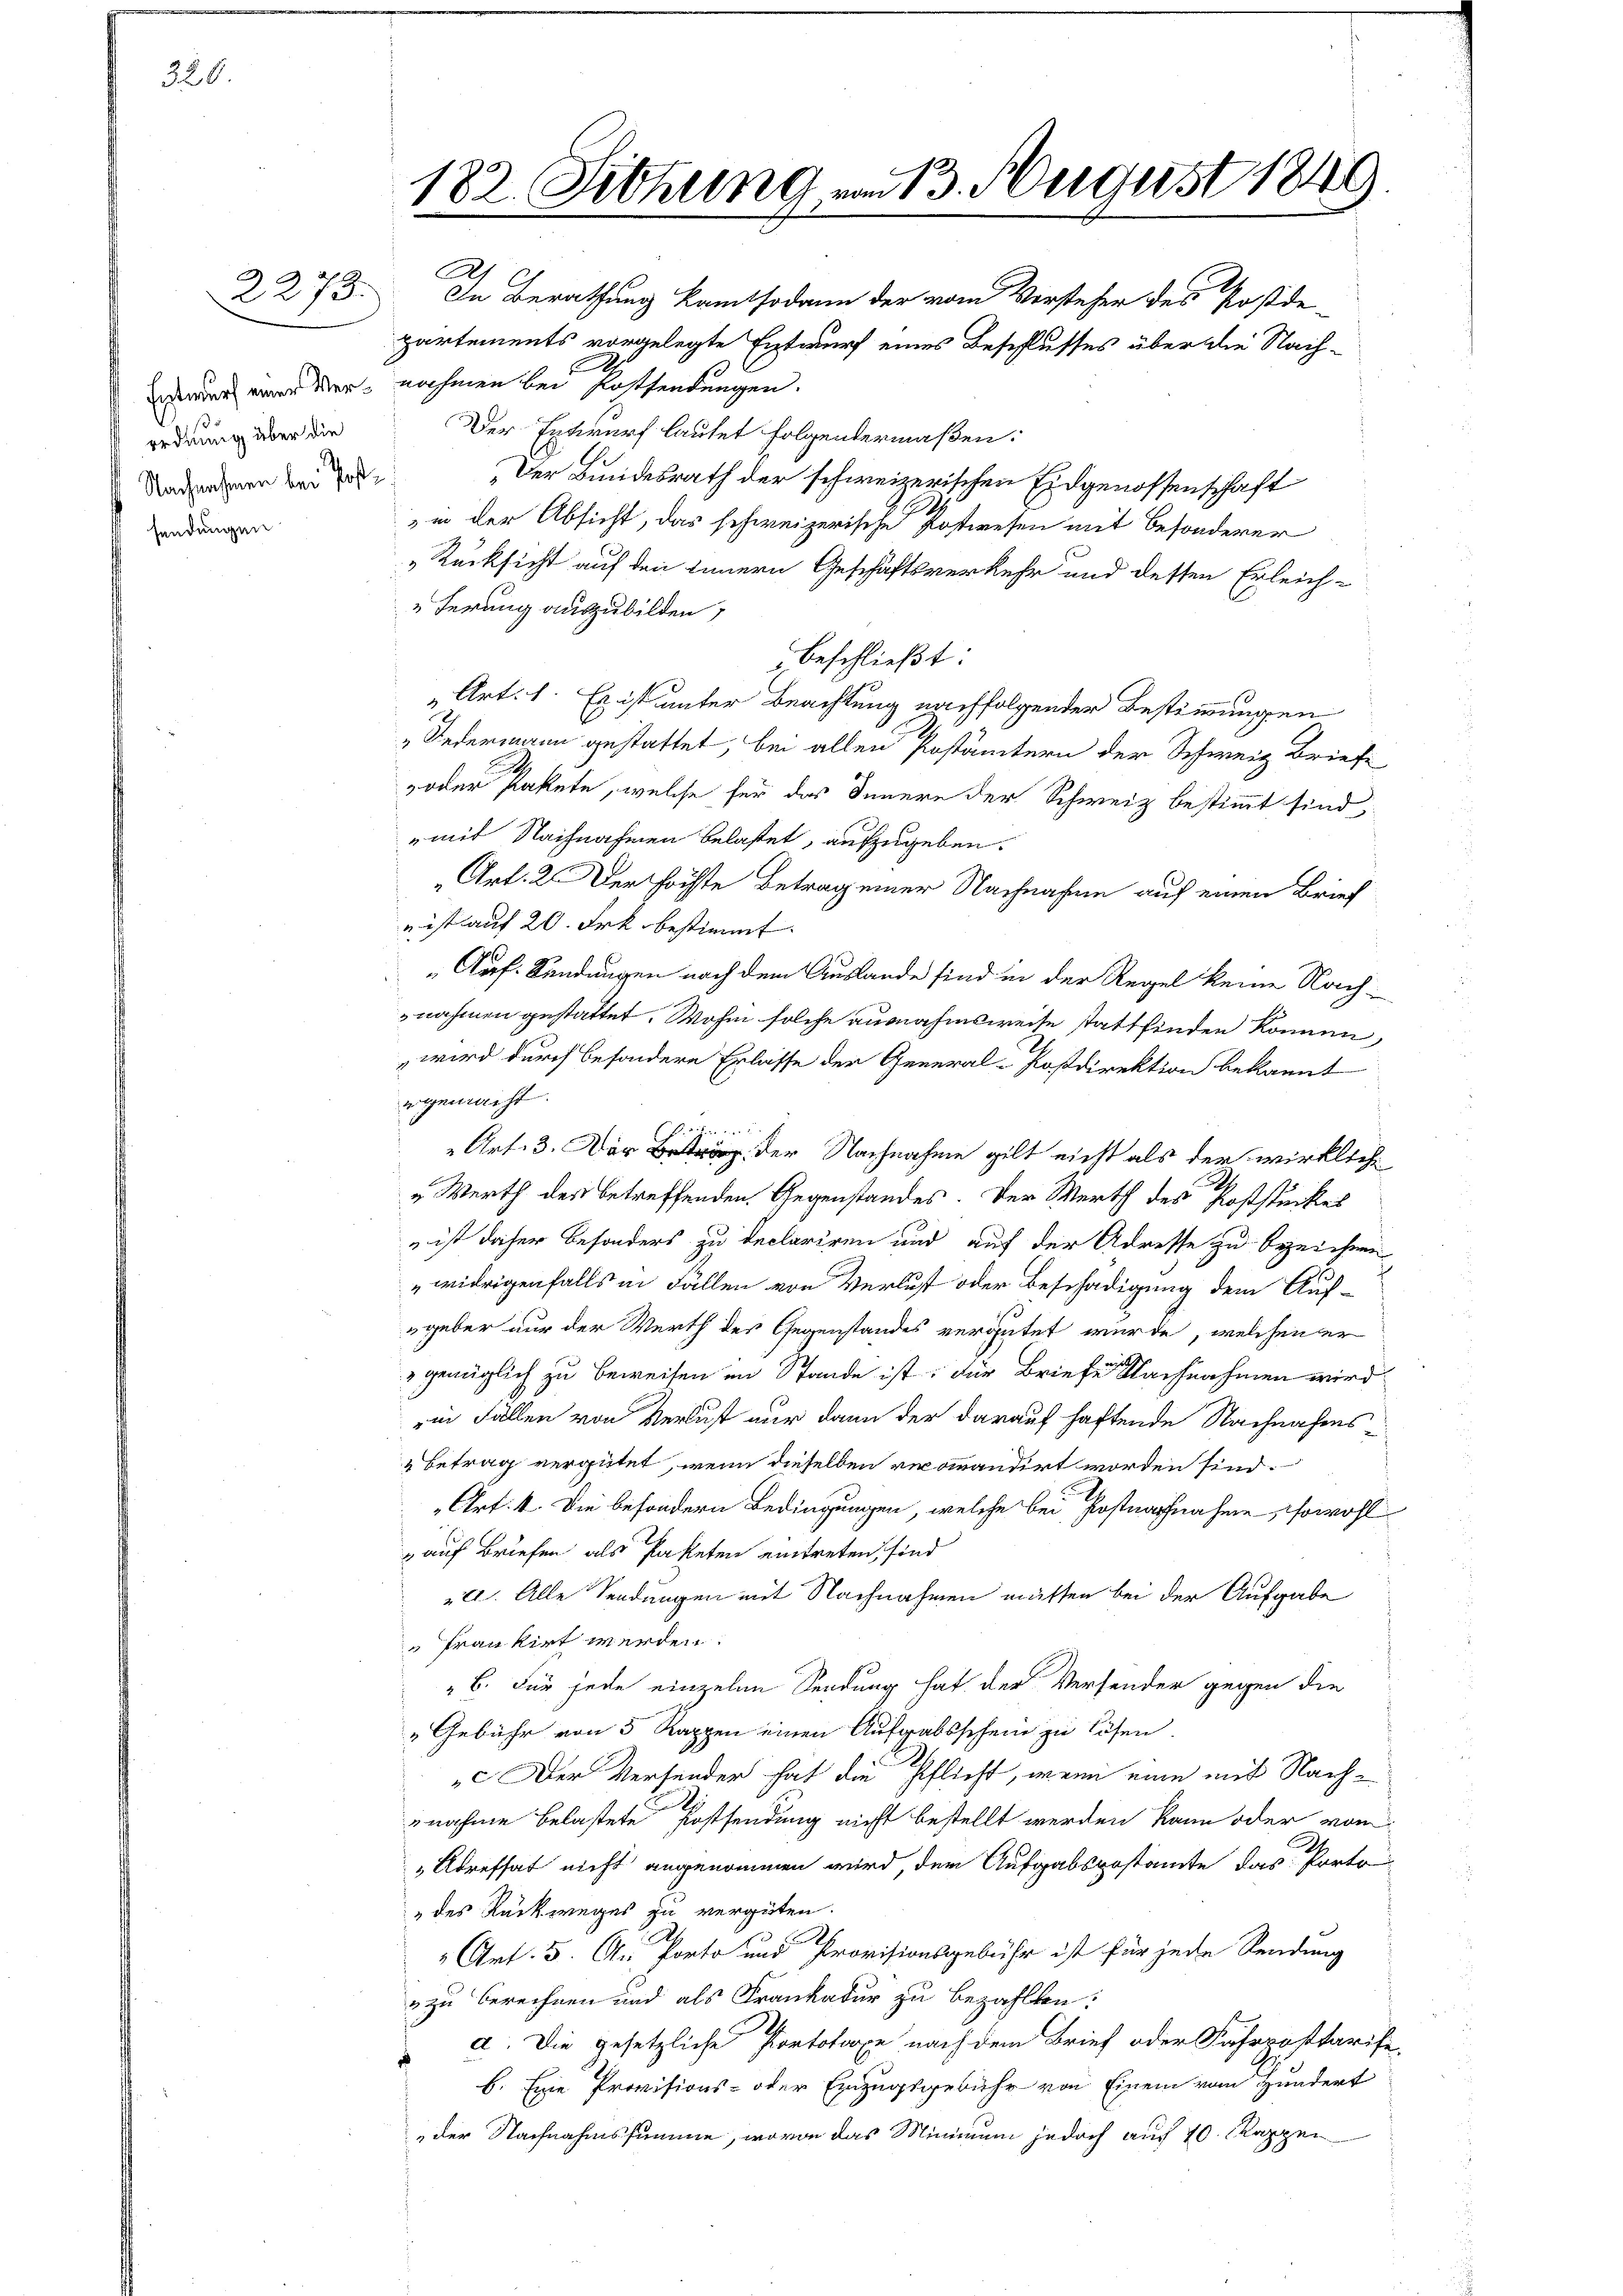
320.

ordnung über die
Nachnahmen bei Postfendungen

A.
2273. In Berathung kamt sodann der vom Vorsteher des Postde-
partements vorgelegte Entwurf eines Beschlusses über die Nach-
Erwurf eine der nahmen bei Postsendungen.
Der Entwurf lautet folgendermaßen:
Der Bundesrath der schweizerischen Eidgenossenschaft
in der Absicht, das schweizerische Postwesen mit besonderer
„Rücksicht auf den Innern Geschäftsverkehr und dessen Erleich-
Ferung auszubilden,
beschließt:
Art. 1. Es ist unter Beachtung nachfolgender Bestimmungen
Federmann gestattet, bei allen Postämtern der Schweiz Briefe
oder Pakete, welche für das Innere der Schweiz bestimmt sind,
" mit Nachnahmen belastet, aufzugeben.
Art. 2. Der höchste Betrag einer Nachnahme auf einen Brief
n ist auf 20. Frk. bestimmt.
„Auf Sendungen nach dem Auslande sind in der Regel keine Nach-
nahmen gestattet. Wohn solche ausnahmsweise stattfinden können,
wird durch besondere Erlasse der General-Postdirektion bekannt
egemacht.
Radter in
Art. 3. Der der Nachnahme gilt nicht als der wirkliche
„Werth des betreffenden Gegenstandes. Der Werth des Poststückes
 ist daher besonders zu declariren und auf der Adresse zu bezeichnen
widrigenfalls in Fällen von Verlust oder Beschädigung dem Auf-
geber nur der Werth des Gegenstandes vergütet wurde, welchen er
» genüglich zu beweisen im Stande ist; für Briefe. Nachnahmen wird
in Fällen von Verlust nur dann der darauf haftende Nachnahms¬
 Betrag vergütet, wenn dieselben recommandirt worden sind.
„Art. 4. Die besondern Bedingungen, welche bei Postnachnahme sowohl
auf Briefen als Paketen eintreten, sind
221. Alle Sendungen mit Nachnahmen müssen bei der Aufgabe
 frankirt werden.
" 6. Für jede einzelne Sendung hat der Versender gegen die
"Gebühr von 5 Rappen einen Aufgabsschein zu lösen.
". Der Versender hat die Pflicht, wenn eine mit Nach¬
2
snahme belastete Postsendung nicht bestellt werden kann oder vom
"Atreffet nicht angenommen wird, dem Aufgabspostamte das Porto
 des Rückweges zu vergüten.
Art. 5. An Porto und Provisionsgebühr ist für jede Sendung
zu berechnen und als Krankatur zu bezahlten.
d. Die gesetzliche Portotope nach dem Brief oder Fahrposttarife
b. Eine Provisions- oder Einzugsgebühr von Einem vom Hundert
„der Nachnahmssumme, wovon das Minimum jedoch auf 10 Kappei

182. Sitzung vom 13. August 1849.